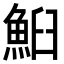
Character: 𩶧